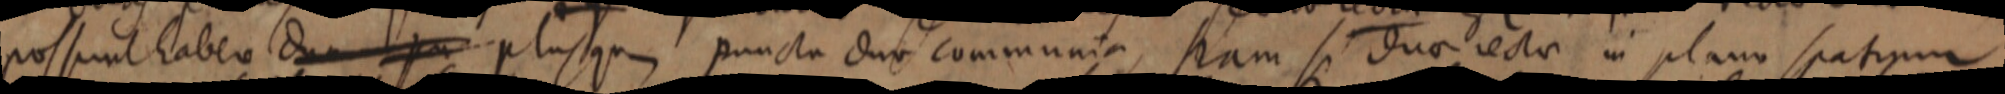
possunt habere dua pu plus qu_ puncta duo communia, jam si duae recta in plano spatium